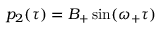
\begin{array} { r } { p _ { 2 } ( \tau ) = B _ { + } \sin ( \omega _ { + } \tau ) } \end{array}